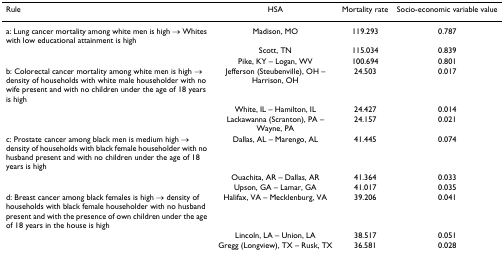
<table><thead><tr><td><b>Rule</b></td><td><b>HSA</b></td><td><b>Mortality rate</b></td><td><b>Socio-economic variable value</b></td></tr></thead><tbody><tr><td>a: Lung cancer mortality among white men is high → Whites with low educational attainment is high</td><td>Madison, MO</td><td>119.293</td><td>0.787</td></tr><tr><td></td><td>Scott, TN</td><td>115.034</td><td>0.839</td></tr><tr><td></td><td>Pike, KY – Logan, WV</td><td>100.694</td><td>0.801</td></tr><tr><td>b: Colorectal cancer mortality among white men is high → density of households with white male householder with no wife present and with no children under the age of 18 years is high</td><td>Jefferson (Steubenville), OH – Harrison, OH</td><td>24.503</td><td>0.017</td></tr><tr><td></td><td>White, IL – Hamilton, IL</td><td>24.427</td><td>0.014</td></tr><tr><td></td><td>Lackawanna (Scranton), PA – Wayne, PA</td><td>24.157</td><td>0.021</td></tr><tr><td>c: Prostate cancer among black men is medium high → density of households with black female householder with no husband present and with no children under the age of 18 years is high</td><td>Dallas, AL – Marengo, AL</td><td>41.445</td><td>0.074</td></tr><tr><td></td><td>Ouachita, AR – Dallas, AR</td><td>41.364</td><td>0.033</td></tr><tr><td></td><td>Upson, GA – Lamar, GA</td><td>41.017</td><td>0.035</td></tr><tr><td>d: Breast cancer among black females is high → density of households with black female householder with no husband present and with the presence of own children under the age of 18 years in the house is high</td><td>Halifax, VA – Mecklenburg, VA</td><td>39.206</td><td>0.041</td></tr><tr><td></td><td>Lincoln, LA – Union, LA</td><td>38.517</td><td>0.051</td></tr><tr><td></td><td>Gregg (Longview), TX – Rusk, TX</td><td>36.581</td><td>0.028</td></tr></tbody></table>